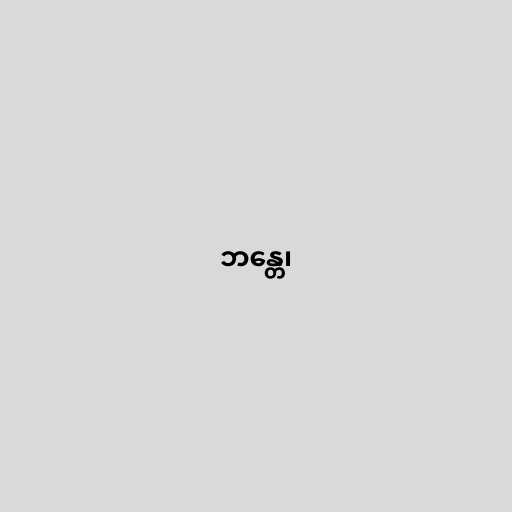
ဘန္တေ၊